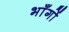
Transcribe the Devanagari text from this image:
भाँगों